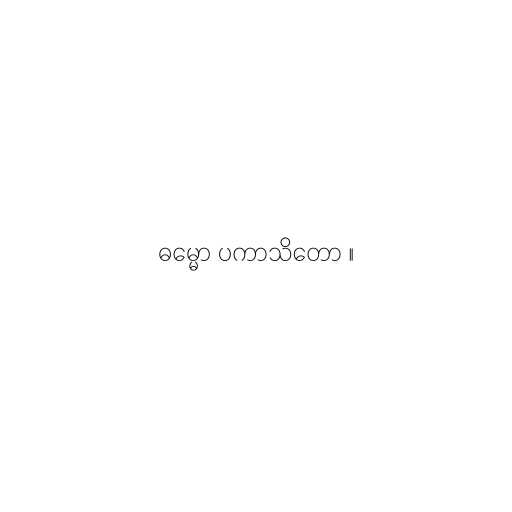
ဓမ္မော ပကာသိတော ။